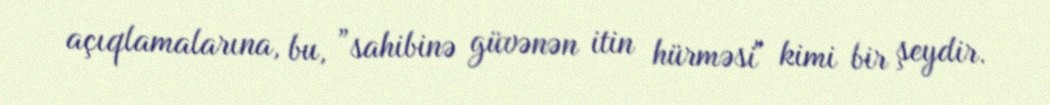
açıqlamalarına, bu, ”sahibinə güvənən itin hürməsi" kimi bir şeydir.